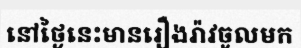
នៅថ្ងៃនេះមានរឿងរ៉ាវចូលមក